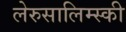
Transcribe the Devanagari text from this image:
लेरुसालिम्स्की